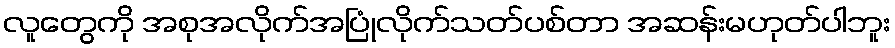
လူတွေကို အစုအလိုက်အပြုံလိုက်သတ်ပစ်တာ အဆန်းမဟုတ်ပါဘူး